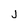
Character: j